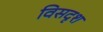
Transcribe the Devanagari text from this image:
विसदृश